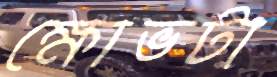
ক্ষোভটা